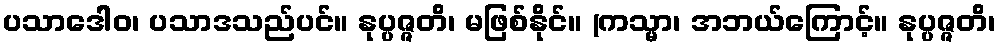
ပသာဒေါဝ၊ ပသာဒသည်ပင်။ နုပ္ပဇ္ဇတိ၊ မဖြစ်နိုင်။ (ကသ္မာ၊ အဘယ်ကြောင့်။ နုပ္ပဇ္ဇတိ၊